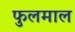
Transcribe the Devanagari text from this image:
फुलमाल